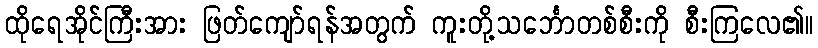
ထိုရေအိုင်ကြီးအား ဖြတ်ကျော်ရန်အတွက် ကူးတို့သင်္ဘောတစ်စီးကို စီးကြလေ၏။